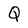
Character: Q